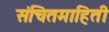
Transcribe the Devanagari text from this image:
संचितमाहिती